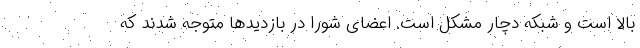
بالا است و شبکه دچار مشکل است. اعضای شورا در بازدیدها متوجه شدند که